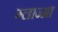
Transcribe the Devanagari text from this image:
ग्लाज्मा